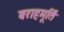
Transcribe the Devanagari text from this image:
वराहमूर्ति